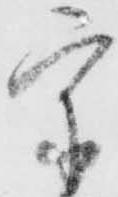
宗